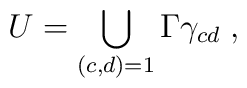
U=\bigcup_{(c,d)=1}\Gamma\gamma_{cd}\;,